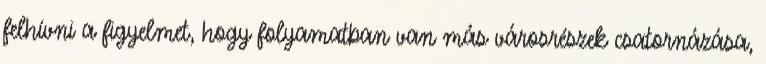
felhívni a figyelmet, hogy folyamatban van más városrészek csatornázása,